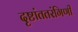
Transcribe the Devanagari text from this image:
दृष्टांततरंगिणी